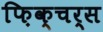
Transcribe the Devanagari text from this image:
फ़िक्चर्स